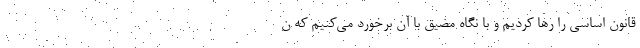
قانون اساسی را رها کردیم و با نگاه مضیق با آن برخورد می‌کنیم که ن